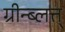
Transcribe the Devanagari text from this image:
ग्रीन्ब्लत्त्